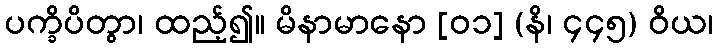
ပက္ခိပိတွာ၊ ထည့်၍။ မိနာမာနော [၀၁] (နိ၊ ၄၄၅) ဝိယ၊